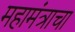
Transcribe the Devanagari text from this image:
महामंत्राचा